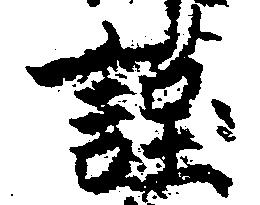
謹